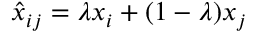
\hat { x } _ { i j } = \lambda x _ { i } + ( 1 - \lambda ) x _ { j }